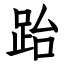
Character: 跆